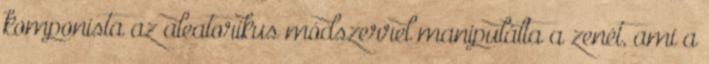
komponista az aleatorikus módszerrel manipulálta a zenét, ami a